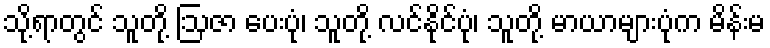
သို့ရာတွင် သူတို့ ဩဇာ ပေးပုံ၊ သူတို့ လင်နိုင်ပုံ၊ သူတို့ မာယာများပုံက မိန်းမ